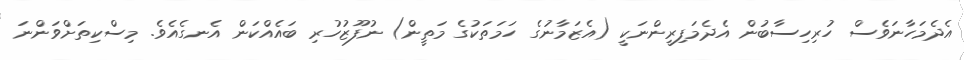
އެދެމަހާނަވެސް ހުރިހިސާބުން އެދެމަފިރީންނަކީ (އެޒަމާނުގެ ހަމަތަކުގެ މަތީން) ނުފޫޒުހުރި ބައެއްކަން އެނގެއެވެ. މިސްކިތަށްވަންނަ